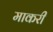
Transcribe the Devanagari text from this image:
माकरी